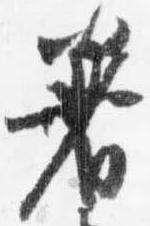
着